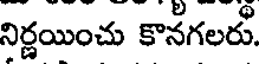
నిర్ణయించు కొనగలరు.